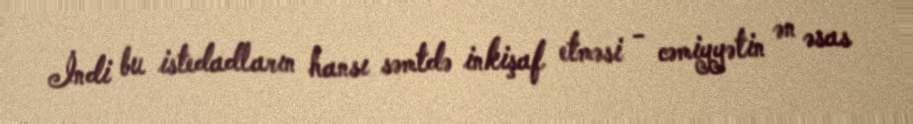
İndi bu istedadların hansı səmtdə inkişaf etməsi - cəmiyyətin ən əsas